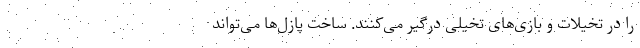
را در تخیلات‌ و بازی‌های تخیلی درگیر می‌کنند. ساخت پازل‌ها می‌تواند